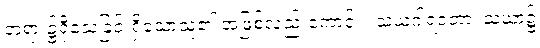
တရား၌ရိုသေခြင်းရှိသောသူ၏ အဖြစ်လည်းကောင်း။ သံဃဂါရဝတာ၊ သံဃာ၌